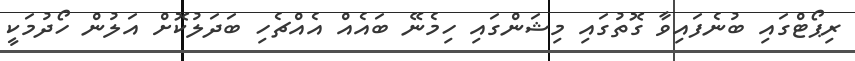
ރިޕޯޓްގައި ބުނެފައިވާ ގޮތުގައި މިޝަންގައި ހިމެނޭ ބައެއް އެއްޗެހި ބަދަލުކޮށް އަލުން ހޯދުމަކީ